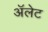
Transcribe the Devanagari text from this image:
ॲलेट